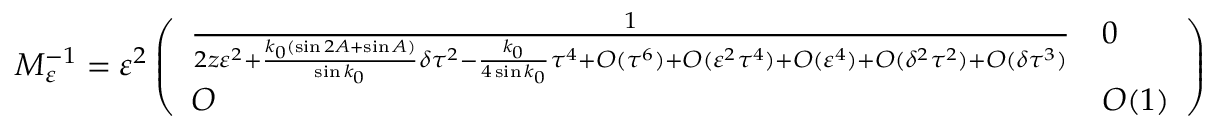
\begin{array} { r } { M _ { \varepsilon } ^ { - 1 } = \varepsilon ^ { 2 } \left( \begin{array} { l l } { \frac { 1 } { 2 z \varepsilon ^ { 2 } + \frac { k _ { 0 } ( \sin 2 A + \sin A ) } { \sin k _ { 0 } } \delta \tau ^ { 2 } - \frac { k _ { 0 } } { 4 \sin k _ { 0 } } \tau ^ { 4 } + O ( \tau ^ { 6 } ) + O ( \varepsilon ^ { 2 } \tau ^ { 4 } ) + O ( \varepsilon ^ { 4 } ) + O ( \delta ^ { 2 } \tau ^ { 2 } ) + O ( \delta \tau ^ { 3 } ) } } & { 0 } \\ { O } & { O ( 1 ) } \end{array} \right) } \end{array}